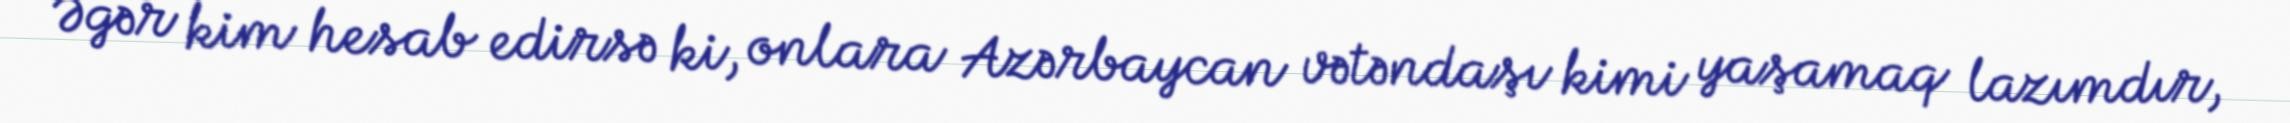
Əgər kim hesab edirsə ki, onlara Azərbaycan vətəndaşı kimi yaşamaq lazımdır,